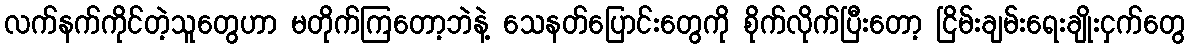
လက်နက်ကိုင်တဲ့သူတွေဟာ မတိုက်ကြတော့ဘဲနဲ့ သေနတ်ပြောင်းတွေကို စိုက်လိုက်ပြီးတော့ ငြိမ်းချမ်းရေးချိုးငှက်တွေ